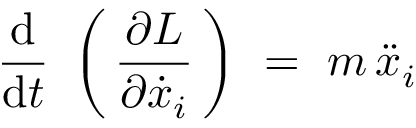
{ \frac { \mathrm { d } } { \mathrm { d } t } } \ \left( \, { \frac { \partial L } { \partial { \dot { x } } _ { i } } } \, \right) \ = \ m \, { \ddot { x } } _ { i }